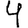
Digit: 4